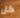
كل